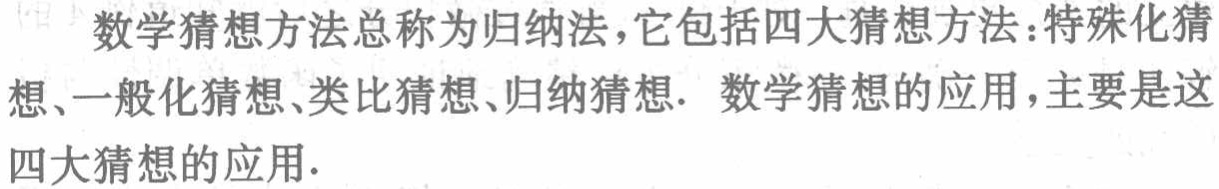
数学猜想方法总称为归纳法，它包括四大猜想方法：特殊化猜想、一般化猜想、类比猜想、归纳猜想. 数学猜想的应用，主要是这四大猜想的应用.